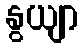
နွယျာ